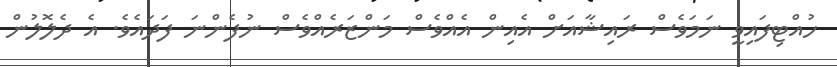
ހުއްޓިފައިވީ ނަމަވެސް ރައިޝާއަށް އެއިން އެއްވެސް މަންޒަރެއްވެސް ނުފެންނަ ފަދައެވެ. އެ ދެލޮލުން